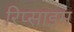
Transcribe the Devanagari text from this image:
रिप्साइम